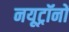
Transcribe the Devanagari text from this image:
नयूट्रॉनों